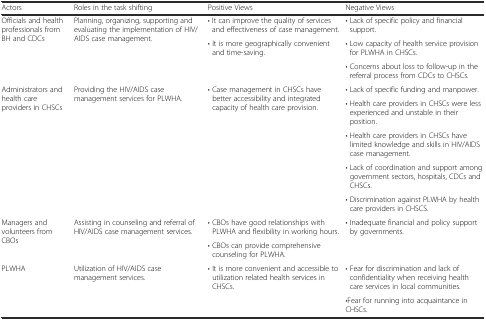
| Actors | Roles in the task shifting | Positive Views | Negative Views |
 | --- | --- | --- | --- |
 | <ROWSPAN=3> Officials and health professionals from BH and CDCs | <ROWSPAN=3> Planning, organizing, supporting and evaluating the implementation of HIV/AIDS case management. | • It can improve the quality of services and effectiveness of case management. | • Lack of specific policy and financial support. |
 | <ROWSPAN=2> • It is more geographically convenient and time-saving. | • Low capacity of health service provision for PLWHA in CHSCs. |
 | • Concerns about loss to follow-up in the referral process from CDCs to CHSCs. |
 | <ROWSPAN=5> Administrators and health care providers in CHSCs | <ROWSPAN=5> Providing the HIV/AIDS case management services for PLWHA. | <ROWSPAN=5> • Case management in CHSCs have better accessibility and integrated capacity of health care provision. | • Lack of specific funding and manpower. |
 | • Health care providers in CHSCs were less experienced and unstable in their position. |
 | • Health care providers in CHSCs have limited knowledge and skills in HIV/AIDS case management. |
 | • Lack of coordination and support among government sectors, hospitals, CDCs and CHSCs. |
 | • Discrimination against PLWHA by health care providers in CHSCS. |
 | <ROWSPAN=2> Managers and volunteers from CBOs | <ROWSPAN=2> Assisting in counseling and referral of HIV/AIDS case management services. | • CBOs have good relationships with PLWHA and flexibility in working hours. | <ROWSPAN=2> • Inadequate financial and policy support by governments. |
 | • CBOs can provide comprehensive counseling for PLWHA. |
 | <ROWSPAN=2> PLWHA | <ROWSPAN=2> Utilization of HIV/AIDS case management services. | <ROWSPAN=2> • It is more convenient and accessible to utilization related health services in CHSCs. | • Fear for discrimination and lack of confidentiality when receiving health care services in local communities. |
 | •Fear for running into acquaintance in CHSCs. |